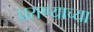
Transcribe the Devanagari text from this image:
घ्रराण्याच्या